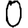
Digit: 0